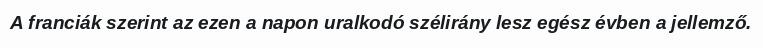
A franciák szerint az ezen a napon uralkodó szélirány lesz egész évben a jellemző.